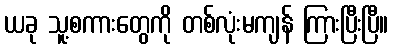
ယခု သူ့စကားတွေကို တစ်လုံးမကျန် ကြားပြီးပြီ။